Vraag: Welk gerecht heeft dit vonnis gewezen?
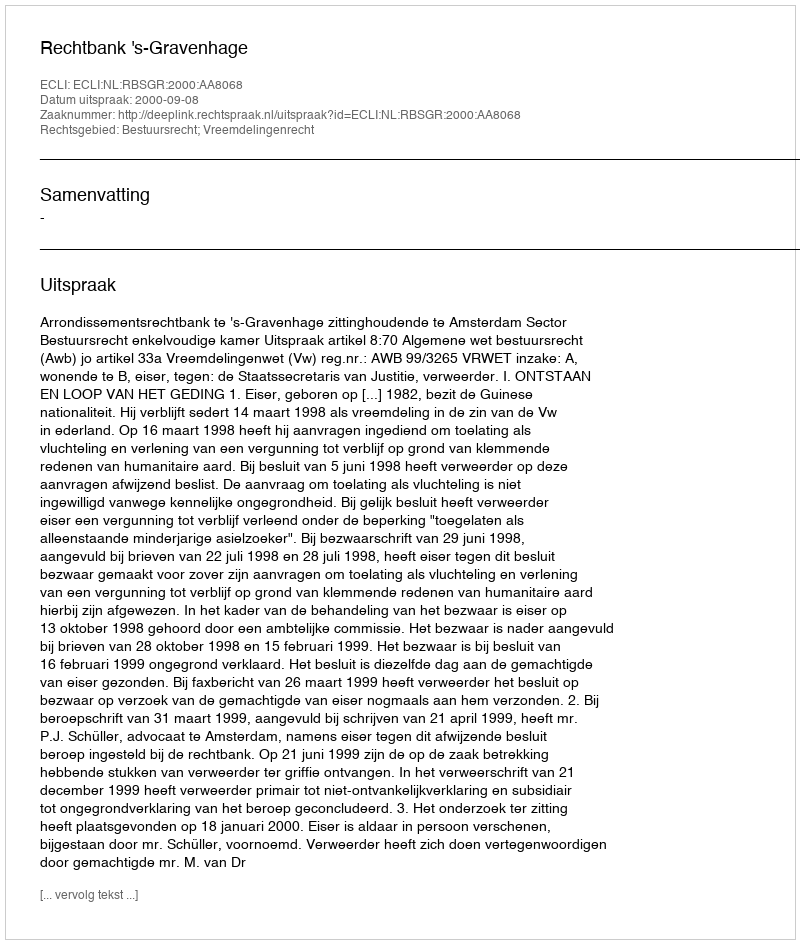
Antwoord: Rechtbank 's-Gravenhage